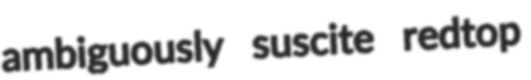
ambiguously suscite redtop